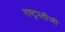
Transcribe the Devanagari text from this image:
राष्ट्रपतीजी